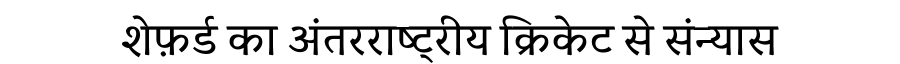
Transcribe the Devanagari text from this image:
शेफ़र्ड का अंतरराष्ट्रीय क्रिकेट से संन्यास